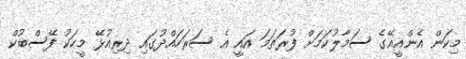
މިކަން އެންއީއޭގެ ސަމާލުކަމަށް ފުރަތަމަ އައީ އެ ސަރަހައްދުގައި ދިރިއުޅޭ މީހަކު ފޭސްބުކް